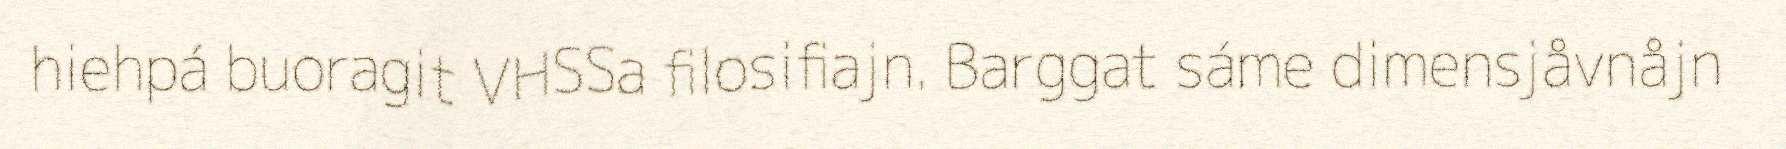
hiehpá buoragit VHSSa filosifiajn. Barggat sáme dimensjåvnåjn